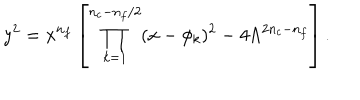
y ^ { 2 } = x ^ { n _ { f } } \left[ \prod _ { k = 1 } ^ { n _ { c } - n _ { f } / 2 } ( x - \phi _ { k } ) ^ { 2 } - 4 \Lambda ^ { 2 n _ { c } - n _ { f } } \right] .